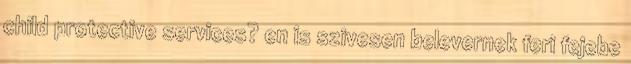
child protective services? en is szivesen belevernek feri fejebe